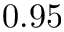
0 . 9 5